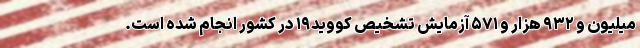
میلیون و ۹۳۲ هزار و ۵۷۱ آزمایش تشخیص کووید۱۹ در کشور انجام شده است.